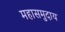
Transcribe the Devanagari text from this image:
महासमुदाय